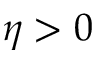
\eta > 0